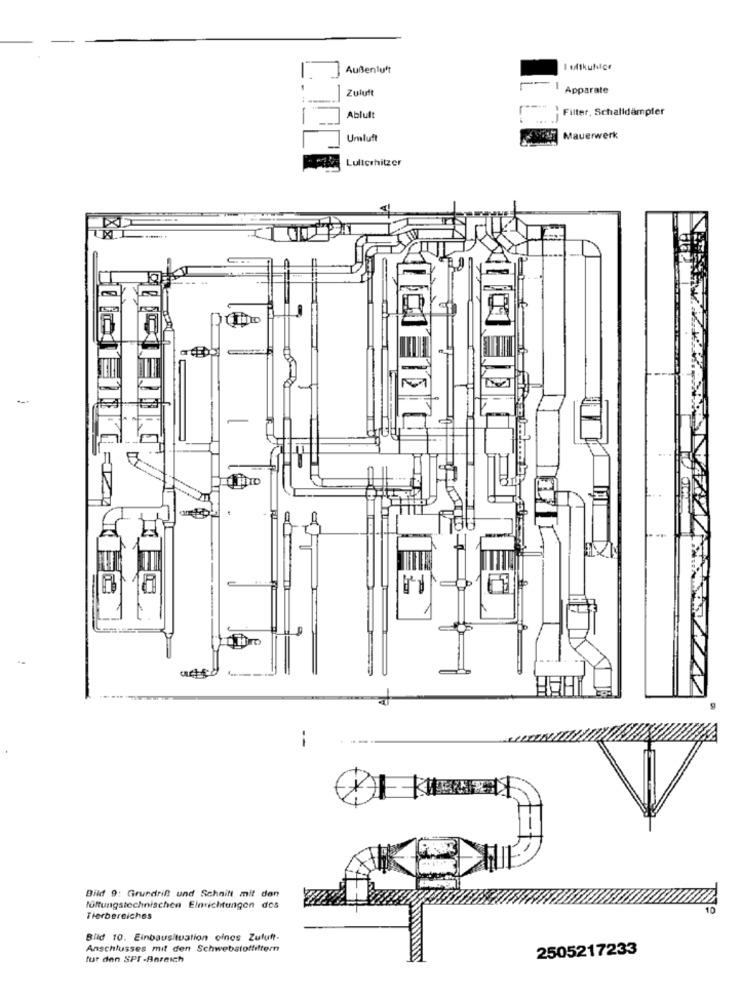
Außenluft
Zuluft
Apparate
Filter, Schalldämpfer
Abluft
Umluft
Mauerwerk
Lulicshitzer
Bild 9: Grundrift und Schnitt mit den
lüftungstechnischen Einrichtungen des
Tierbereiches
Bild 10. Einbausituation ofnes Zuluft.
Anschlusses mit den Schwebstoffiltern
2505217233
fur den SPI -Bereich